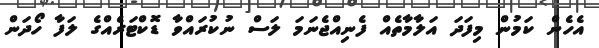
އެހެން ކަމުން މިފަދަ އަލާމާތެއް ފެނިއްޖެނަމަ ލަސް ނުކުރައްވާ ޑޮކްޓަރެއްގެ ލަފާ ހޯދަން